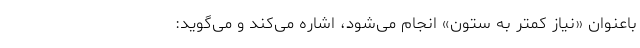
باعنوان «نیاز کمتر به ستون» انجام می‌شود، اشاره می‌کند و می‌گوید: